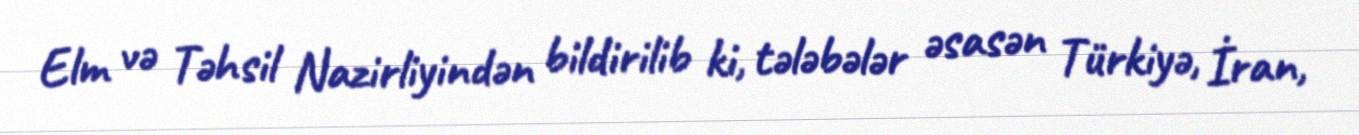
Elm və Təhsil Nazirliyindən bildirilib ki, tələbələr əsasən Türkiyə, İran,